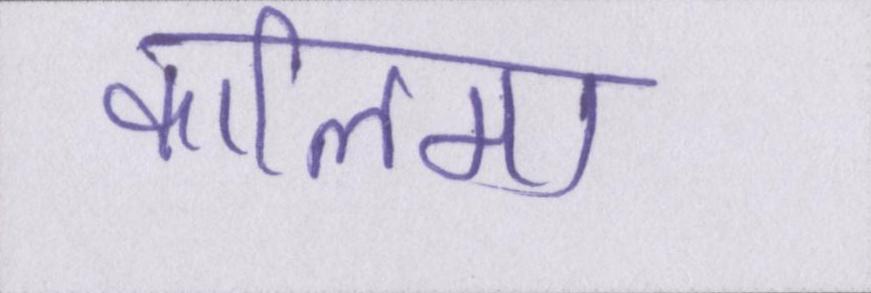
कालिमा